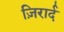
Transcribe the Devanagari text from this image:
ज़िरार्द